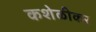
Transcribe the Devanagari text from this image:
कशेळीकर